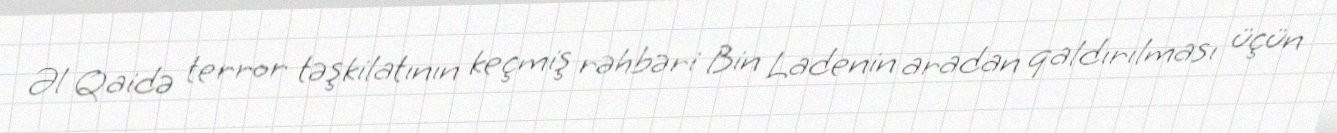
Əl Qaidə terror təşkilatının keçmiş rəhbəri Bin Ladenin aradan qaldırılması üçün